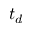
t _ { d }